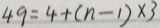
4 9 = 4 + ( n - 1 ) \times 3